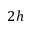
2 h